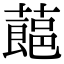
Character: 𮑛